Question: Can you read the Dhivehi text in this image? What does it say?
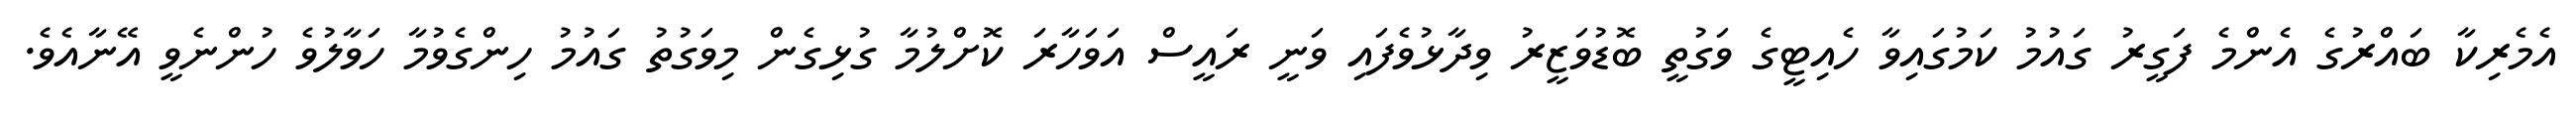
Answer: އެމެރިކާ ބައްރުގެ އެންމެ ފަގީރު ގައުމު ކަމުގައިވާ ހެއިޓީގެ ވަގުތީ ބޮޑުވަޒީރު ވިދާޅުވެފައި ވަނީ ރައީސް އަވަހާރަ ކޮށްލުމާ ގުޅިގެން މިވަގުތު ގައުމު ހިންގެވުމާ ހަވާލުވެ ހުންނެވީ އޭނާއެވެ.